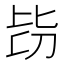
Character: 𣬇